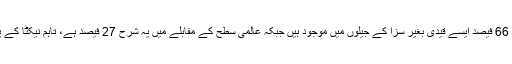
انہوں نے کہا کہ ہمیں کیسا محسوس ہوگا کہ اگر ہم میں سے کسی کے ساتھ ایسا ہو کیونکہ اس وقت 66 فیصد ایسے قیدی بغیر سزا کے جیلوں میں موجود ہیں جبکہ عالمی سطح کے مقابلے میں یہ شرح 27 فیصد ہے، تاہم نیکٹا کے پاس اس حوالے تحقیقات کرنے کی تجویز ہے تاکہ لوگ غیر ضروری طور پر حراست میں نہ رہیں۔